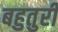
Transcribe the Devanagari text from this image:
बहुतुरी